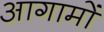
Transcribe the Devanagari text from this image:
आगामों